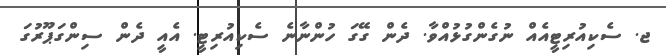
ޖ. ސެކިއުރިޓީއެއް ނުގެންގުޅުއްވާ. ދެން ގޭގަ ހުންނާނެ ސެކިއުރިޓީ. އެއީ ދެން ސިންގަޕޫރުގަ